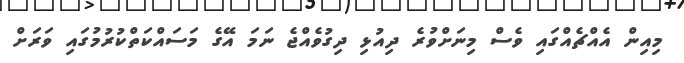
މިއިން އެއްޗެއްގައި ވެސް މިނަށްވުރެ ދިއުޅި ދިގުވެއްޖެ ނަމަ އޭގެ މަސައްކަތްކުރުމުގައި ވަރަށް